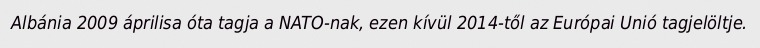
Albánia 2009 áprilisa óta tagja a NATO-nak, ezen kívül 2014-től az Európai Unió tagjelöltje.